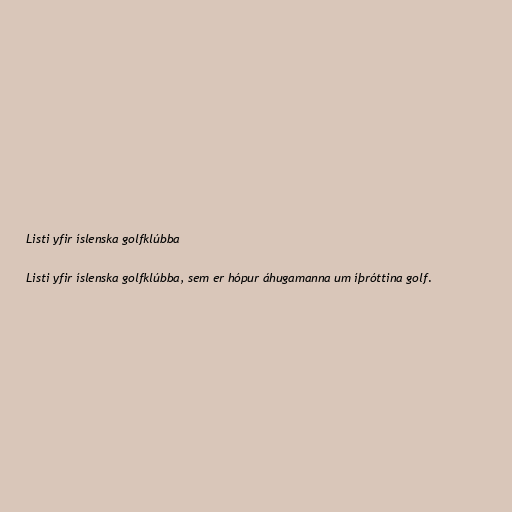
Listi yfir íslenska golfklúbba

Listi yfir íslenska golfklúbba, sem er hópur áhugamanna um íþróttina golf.